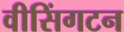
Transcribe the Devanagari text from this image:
वीसिंगटन